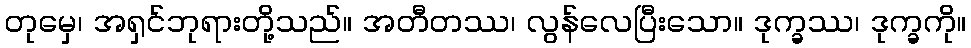
တုမှေ၊ အရှင်ဘုရားတို့သည်။ အတီတဿ၊ လွန်လေပြီးသော။ ဒုက္ခဿ၊ ဒုက္ခကို။